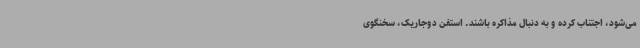
می‌شود، اجتناب کرده و به دنبال مذاکره باشند. استفن دوجاریک، سخنگوی